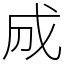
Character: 𢦓